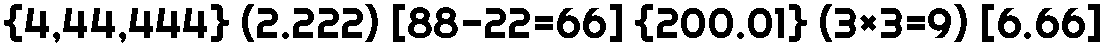
{4,44,444} (2.222) [88-22=66] {200.01} (3×3=9) [6.66]